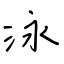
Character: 泳